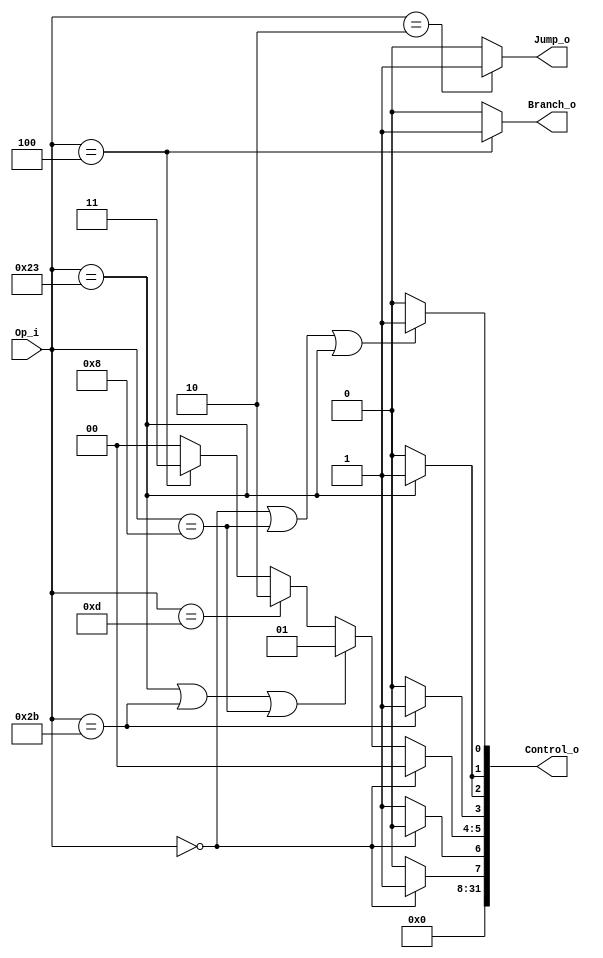
module Control
(
	Op_i,
	Control_o,
	Branch_o,
	Jump_o
);

input			[5:0] Op_i;
wire			ALUSrc,RegWrite,RegDst,MemtoReg,Memory_write, Memory_read;
wire			[1:0] ALUOp;
output			Jump_o,Branch_o;
output			[31:0] Control_o;

assign			RegDst=(Op_i==6'b000000)?   1'b1:1'b0;     //R-type-->rd : I-type-->rt
assign			RegWrite=(Op_i==6'b000000                  //R-type
							|| Op_i==6'b001000                     //addi       
							|| Op_i==6'b100011)? 1'b1:1'b0;        //lw
assign			ALUSrc=(Op_i==6'b000000)?   1'b0:1'b1;     //R-type : I-type
assign			MemtoReg=(Op_i==6'b100011)? 1'b1:1'b0;     //lw
assign			Memory_write=(Op_i==6'b101011)? 1'b1:1'b0; //sw
assign			Memory_read=(Op_i==6'b100011)? 1'b1:1'b0;  //lw
assign			ALUOp=(Op_i==6'b000000)? 2'b00:            //R-type
						     (Op_i==6'b100011 || Op_i==6'b101011 || Op_i==6'b001000)? 2'b01://lw sw addi :ADD
						     (Op_i==6'b001101)? 2'b10://ori :OR
						     (Op_i==6'b000100)? 2'b11://beq :SUB
						      2'b00;

assign			Control_o = {24'b0,RegDst,ALUSrc,ALUOp,Memory_write,Memory_read,MemtoReg,RegWrite};	

//assign branch and jump
assign         Branch_o = (Op_i == 6'b000100)? 1'b1 : 1'b0;
assign         Jump_o = (Op_i == 6'b000010)? 1'b1 : 1'b0;

endmodule